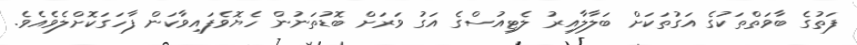
ފަތުގެ ބާވަތްތަކުގެ އަގުތަކަށް ބަލާލާއިރު ލެޓިއުސްގެ އަގު ވަރަށް ބޮޑުތަނުން ހެޔޮވެފައިވާކަން ފާހަގަކޮށްލެވެއެވެ.